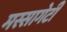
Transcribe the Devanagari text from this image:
मस्सागेटी